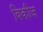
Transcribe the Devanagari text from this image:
विकीज